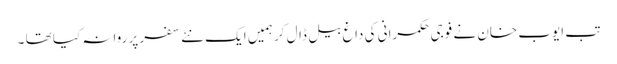
تب ایوب خان نے فوجی حکمرانی کی داغ بیل ڈال کر ہمیں ایک نئے سفر پر روانہ کیا تھا ۔